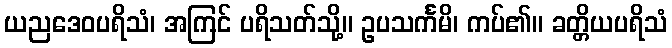
ယညဒေဝပရိသံ၊ အကြင် ပရိသတ်သို့။ ဥပသင်္ကမိ၊ ကပ်၏။ ခတ္တိယပရိသံ